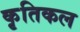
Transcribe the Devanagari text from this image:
कृतिकल